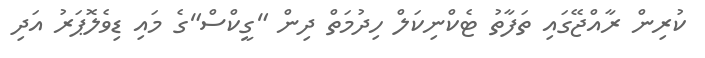
ކުރިން ރާއްޖޭގައި ތަފާތު ޓެކްނިކަލް ހިދުމަތް ދިން "ގީކްސް"ގެ މައި ޑިވެލޮޕަރު އަދި